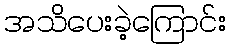
အသိပေးခဲ့ကြောင်း